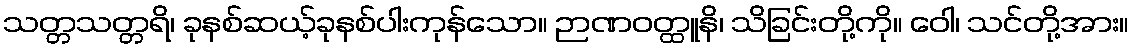
သတ္တသတ္တရိ၊ ခုနစ်ဆယ့်ခုနစ်ပါးကုန်သော။ ဉာဏဝတ္ထူနိ၊ သိခြင်းတို့ကို။ ဝေါ၊ သင်တို့အား။